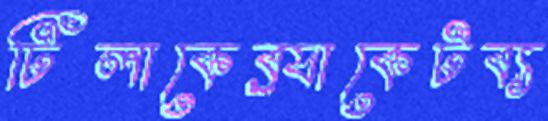
টিলাকেব্র্যাকেটব্য